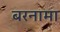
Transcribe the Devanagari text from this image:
बरनामा